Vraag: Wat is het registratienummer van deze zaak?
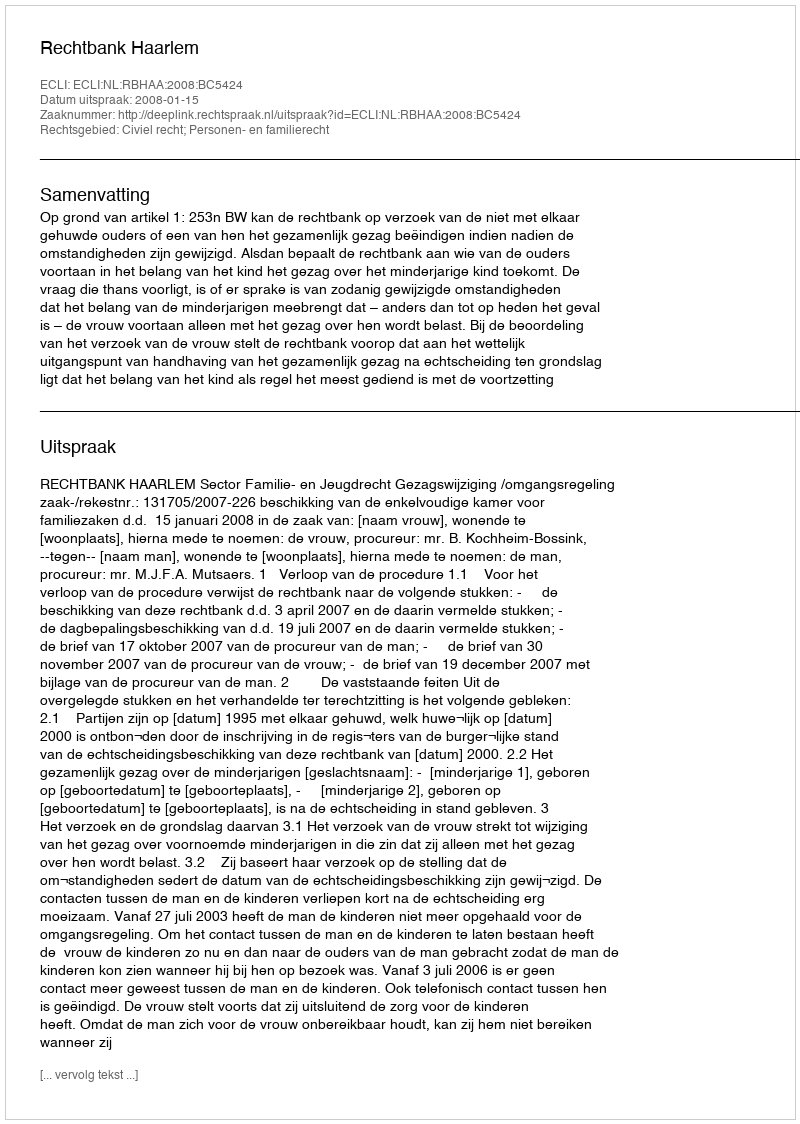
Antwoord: http://deeplink.rechtspraak.nl/uitspraak?id=ECLI:NL:RBHAA:2008:BC5424